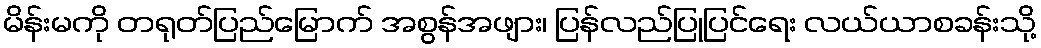
မိန်းမကို တရုတ်ပြည်မြောက် အစွန်အဖျား၊ ပြန်လည်ပြုပြင်ရေး လယ်ယာစခန်းသို့